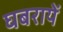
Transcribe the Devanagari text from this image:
घबरायें